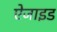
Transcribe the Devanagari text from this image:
ऐजाइड